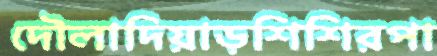
দৌলাদিয়াড়শিশিরপা